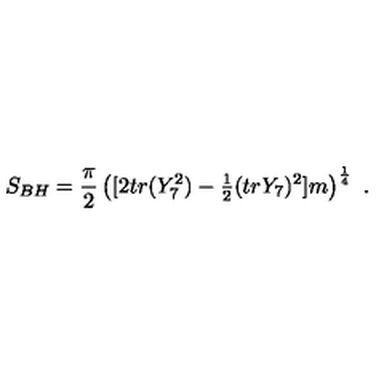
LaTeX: S _ { B H } = { \frac { \pi } { 2 } } \left( [ 2 t r ( Y _ { 7 } ^ { 2 } ) - { \textstyle { \frac { 1 } { 2 } } } ( t r Y _ { 7 } ) ^ { 2 } ] m \right) ^ { \frac { 1 } { 4 } } \ .